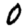
Digit: 0